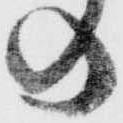
の